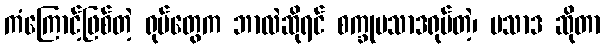
ကံကြောင့်ဖြစ်တဲ့ ရုပ်တွေက ဘာလဲဆိုရင် စက္ခုပသာဒရုပ်တဲ့၊ ပသာဒ ဆိုတာ